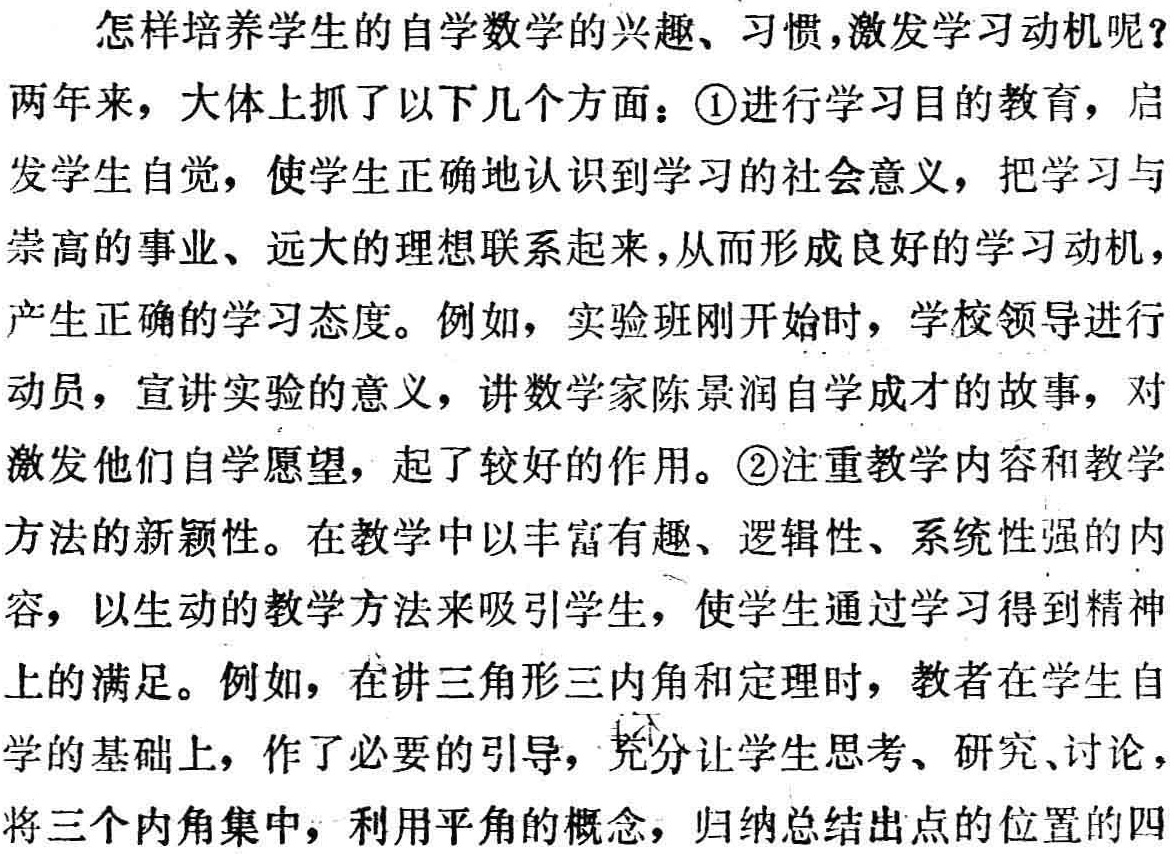
怎样培养学生的自学数学的兴趣、习惯,激发学习动机呢？

两年来，大体上抓了以下几个方面：\textcircled{1}进行学习目的教育，启发学生自觉，使学生正确地认识到学习的社会意义，把学习与崇高的事业、远大的理想联系起来，从而形成良好的学习动机，产生正确的学习态度。例如，实验班刚开始时，学校领导进行动员，宣讲实验的意义，讲数学家陈景润自学成才的故事，对激发他们自学愿望，起了较好的作用。\textcircled{2}注重教学内容和教学方法的新颖性。在教学中以丰富有趣、逻辑性、系统性强的内容，以生动的教学方法来吸引学生，使学生通过学习得到精神上的满足。例如，在讲三角形三内角和定理时，教者在学生自学的基础上，作了必要的引导，充分让学生思考、研究、讨论，将三个内角集中，利用平角的概念，归纳总结出点的位置的四